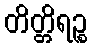
တိတ္တိရဉ္စ